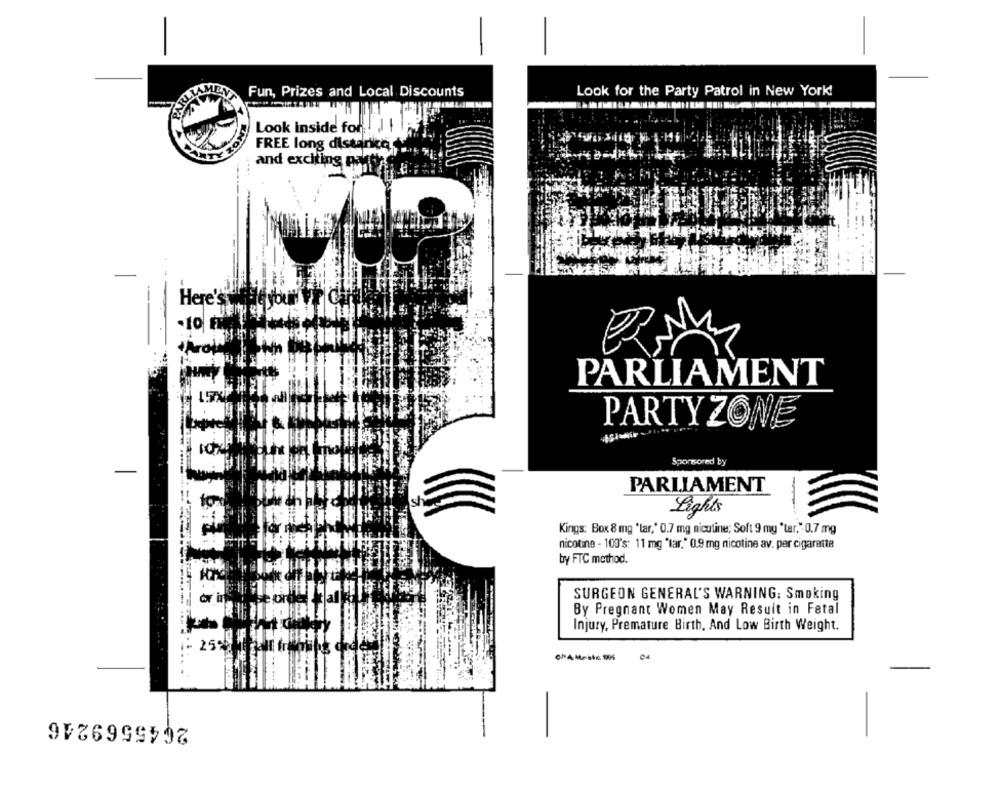
AMEN
Fun, Prizes and Local Discounts
Look for the Party Patrol in New York!
Look inside for !! !!
FREE long discarica
and exciting pakt
Here!
.10
PARLIAMENT
PARTY ZONE
Sponsored by
PARLIAMENT
Light
Kings: Box 8 mg 'lar," 0.7 mg nicutine; Soft 9 mg "tar," 0.7 mg
nicotine - 100's: 11 mg "tar." 0.9 mg nicotine av. per cigaretta
by FTC method.
or i
SURGEON GENERAL'S WARNING: Smoking
By Pregnant Women May Result in Fetal
Injury, Premature Birth, And Low Birth Weight.
2645569246